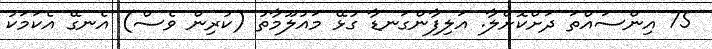
75 އިންސައްތަ ދަށްކޮށްލާ. އަލިފާންގަނޑާ ގުޅޭ މައުލޫމާތު (ކުރިން ވެސް) އެނގޭ އެކަމަކު